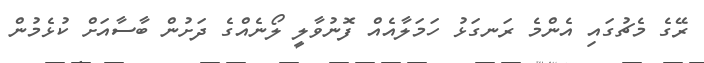
ރޭގެ މެޗުގައި އެންމެ ރަނގަޅު ހަމަލާއެއް ފޮނުވާލީ ލޯނެއްގެ ދަށުން ބާސާއަށް ކުޅެމުން